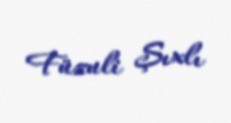
Füzuli Şıxlı